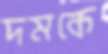
দমকে